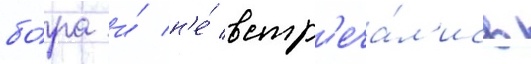
бо́ра и́ н'е́ встр'еча́л'ись